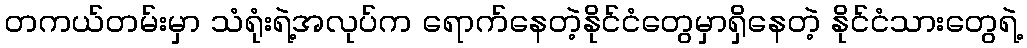
တကယ်တမ်းမှာ သံရုံးရဲ့အလုပ်က ရောက်နေတဲ့နိုင်ငံတွေမှာရှိနေတဲ့ နိုင်ငံသားတွေရဲ့